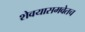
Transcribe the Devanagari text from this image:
शेवयासमवेतच